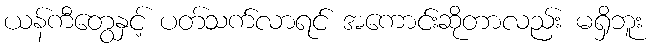
ယန်ကီတွေနှင့် ပတ်သက်လာရင် အကောင်းဆိုတာလည်း မရှိဘူး